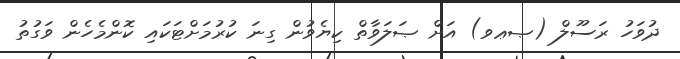
ދުވަހު ރަސޫލް (ޞޢވ) އަށް ޞަލަވާތް ކިޔެވުން ގިނަ ކުރުމަށްޓަކައި ކޮންމެހެން ވަގުތު